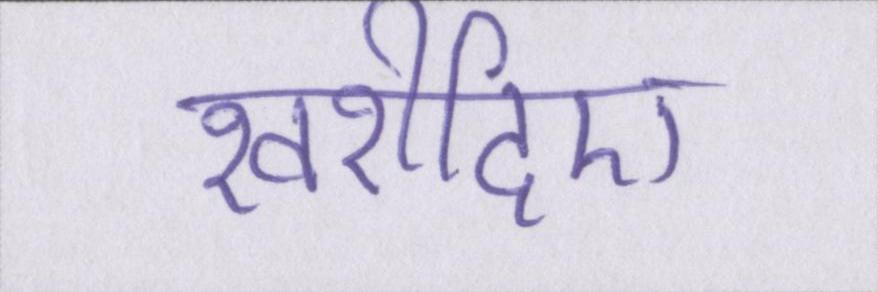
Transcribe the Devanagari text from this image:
खरीदिए